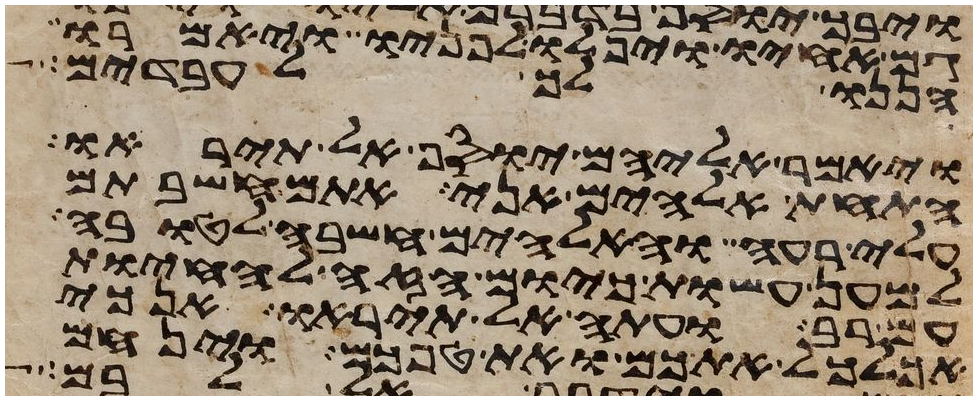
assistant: גם אחיו ויפלו לפניו ויאמרו
הננו לך לעבדים
ויאמר אליהם יוסף אל תיראו
התחת אלהים אני אתם חשבתם
עלי רעה והאלהים חשבה לטובה
למען עשות כיום הזה להחיות
עם רב ועתה אל תיראו אנכי
אכלכל אתכם ואת טפכם וינחם